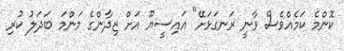
ކޮންމެ ކަމެއްވެސް ވާނީ ރަނގަޅަށޭ" އައިސީޔޫ އަށް ޒިދާންގެ މަންމަ ބަދަލު ކުރި